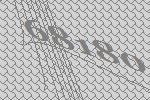
68180